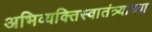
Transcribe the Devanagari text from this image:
अभिव्यक्तिस्वातंत्र्याच्या